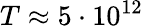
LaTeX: T\approx 5\cdot 10^{12}